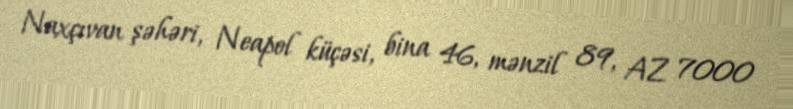
Naxçıvan şəhəri, Neapol küçəsi, bina 46, mənzil 89, AZ 7000